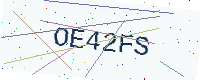
Text: OE42FS